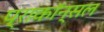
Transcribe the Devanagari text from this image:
प्राकॉन्सल